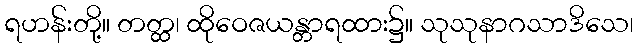
ရဟန်းတို့။ တတ္ထ၊ ထိုဝေဇယန္တာရထား၌။ သုသုနာဂသာဒိသေ၊